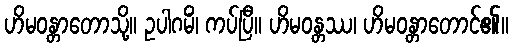
ဟိမဝန္တာတောသို့။ ဥပါဂမိံ၊ ကပ်ပြီ။ ဟိမဝန္တဿ၊ ဟိမဝန္တာတောင်၏။